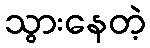
သွားနေတဲ့